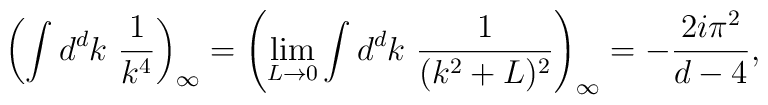
\left(\int d^{d}k\ \frac{1}{k^{4}}\right)_{\infty} =\left(\lim_{L\to 0} \int d^{d}k\ \frac{1}{(k^{2}+L)^2}\right)_{\infty}= - \frac{2 i \pi^{2}}{d-4},